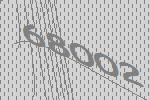
68002